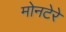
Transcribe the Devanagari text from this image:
मोनटेरे